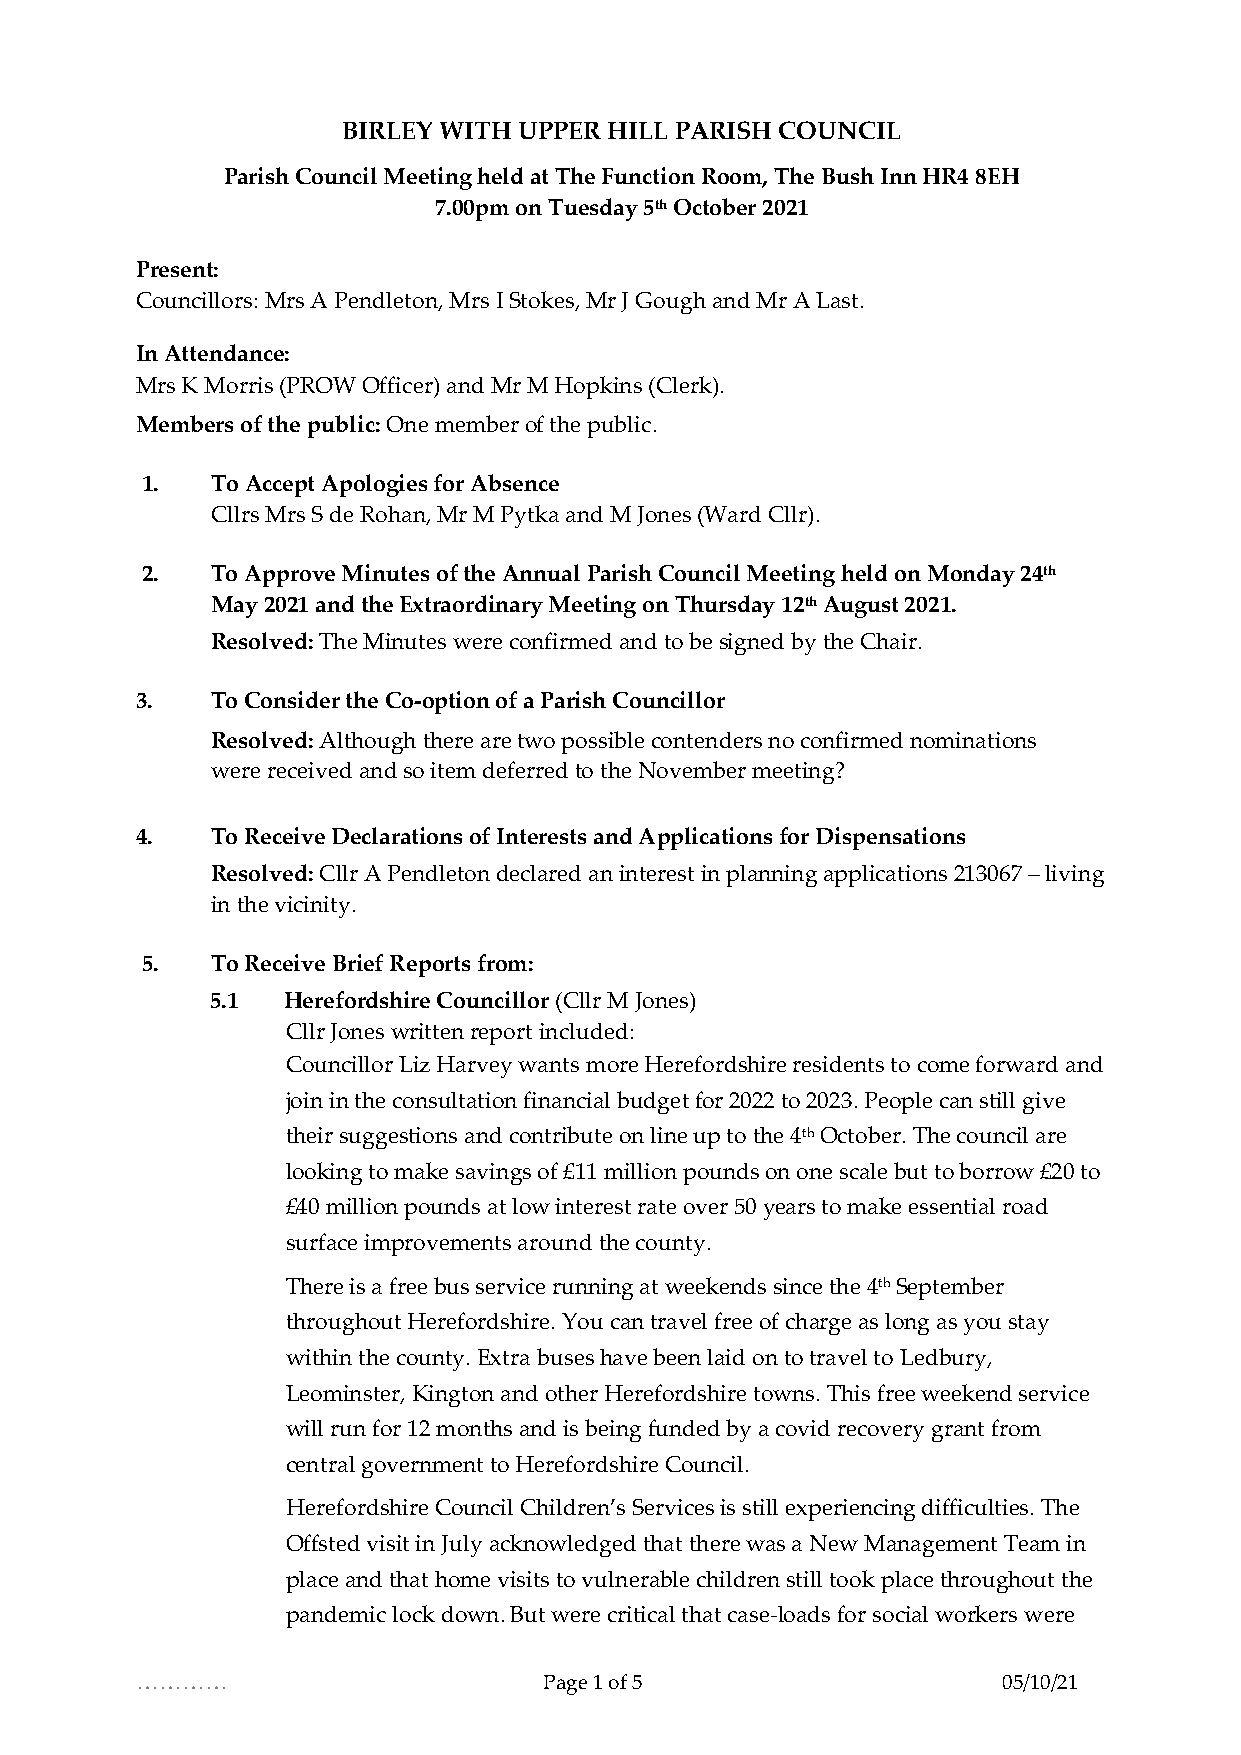
BIRLEY WITH UPPER HILL PARISH COUNCIL
 Parish Council Meeting held at The Function Room, The Bush Inn HR4 8EH
 7.00pm on Tuesday 5th October 2021
 Present:
 Councillors: Mrs A Pendleton, Mrs I Stokes, Mr J Gough and Mr A Last.
 In Attendance:
 Mrs K Morris (PROW Officer) and Mr M Hopkins (Clerk).
 Members of the public: One member of the public.
 1.   To Accept Apologies for Absence
 Cllrs Mrs S de Rohan, Mr M Pytka and M Jones (Ward Cllr).
 2.   To Approve Minutes of the Annual Parish Council Meeting held on Monday 24th
 May 2021 and the Extraordinary Meeting on Thursday 12th August 2021.
 Resolved: The Minutes were confirmed and to be signed by the Chair.
 3.   To Consider the Co-option of a Parish Councillor
 Resolved: Although there are two possible contenders no confirmed nominations
 were received and so item deferred to the November meeting?
 4.   To Receive Declarations of Interests and Applications for Dispensations
 Resolved: Cllr A Pendleton declared an interest in planning applications 213067 – living
 in the vicinity.
 5.   To Receive Brief Reports from:
 5.1  Herefordshire Councillor (Cllr M Jones)
 Cllr Jones written report included:
 Councillor Liz Harvey wants more Herefordshire residents to come forward and
 join in the consultation financial budget for 2022 to 2023. People can still give
 their suggestions and contribute on line up to the 4th October. The council are
 looking to make savings of £11 million pounds on one scale but to borrow £20 to
 £40 million pounds at low interest rate over 50 years to make essential road
 surface improvements around the county.
 There is a free bus service running at weekends since the 4th September
 throughout Herefordshire. You can travel free of charge as long as you stay
 within the county. Extra buses have been laid on to travel to Ledbury,
 Leominster, Kington and other Herefordshire towns. This free weekend service
 will run for 12 months and is being funded by a covid recovery grant from
 central government to Herefordshire Council.
 Herefordshire Council Children’s Services is still experiencing difficulties. The
 Offsted visit in July acknowledged that there was a New Management Team in
 place and that home visits to vulnerable children still took place throughout the
 pandemic lock down. But were critical that case-loads for social workers were
 …………                       Page 1 of 5                   05/10/21